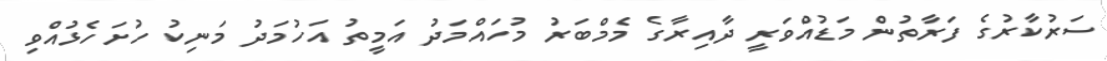
ސަރުކާރުގެ ފަރާތުން މަޑުއްވަރީ ދާއިރާގެ މެމްބަރު މުހައްމަދު އަމީތު އަހުމަދު މަނިކު ހުށަހެޅުއްވި